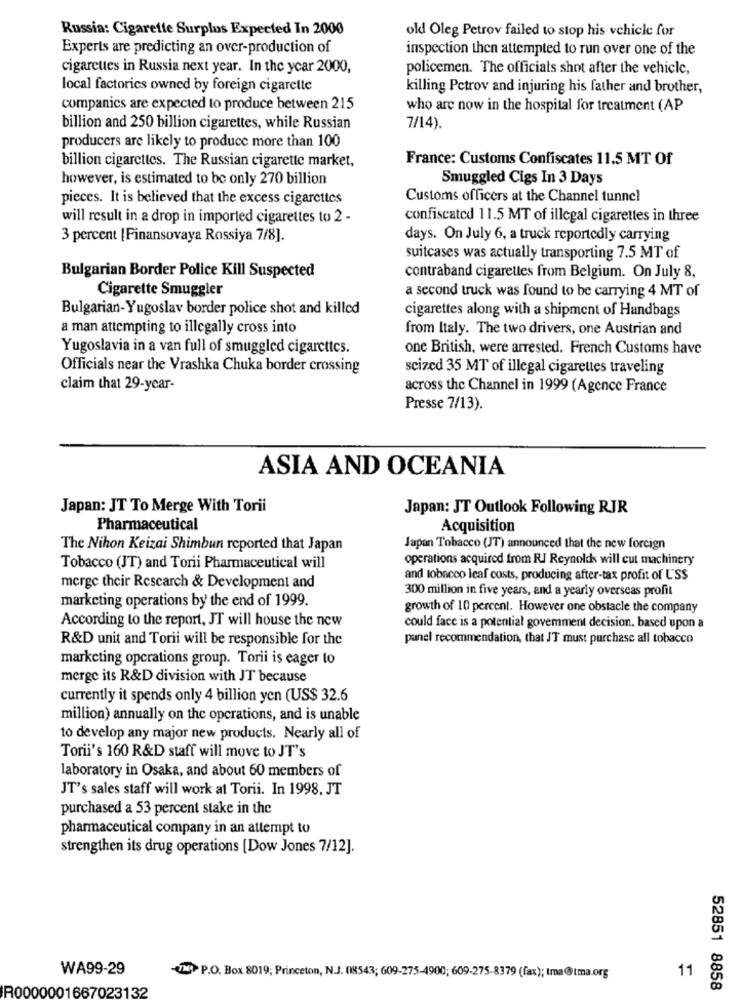
Russia: Cigarette Surplus Expected In 2000
old Oleg Petrov failed to stop his vehicle for
Experts are predicting an over-production of
inspection then attempted to run over one of the
cigarettes in Russia next year. In the year 2000,
policemen. The officials shot after the vehicle,
local factorics owned by foreign cigarette
killing Petrov and injuring his father and brother,
companies are expected to produce between 215
who are now in the hospital for treatment (AP
billion and 250 billion cigarettes, while Russian
7/14).
producers are likely to produce more than 100
billion cigarettes. The Russian cigarette market,
France: Customs Confiscates 11.5 MT Of
however, is estimated to be only 270 billion
Smuggled Cigs In 3 Days
pieces. It is believed that the excess cigarettes
Customs officers at the Channel tunnel
will result in a drop in imported cigarettes to 2 -
confiscated 11.5 MT of illegal cigarettes in three
3 percent [Finansovaya Rossiya 7/8].
days. On July 6, a truck reportedly carrying
suitcases was actually transporting 7.5 MT of
Bulgarian Border Police Kill Suspected
contraband cigarettes from Belgium. On July 8,
Cigarette Smuggler
a second truck was found to be carrying 4 MT of
Bulgarian- Yugoslav border police shot and killed
cigarettes along with a shipment of Handbags
a man attempting to illegally cross into
from Italy. The two drivers, one Austrian and
Yugoslavia in a van full of smuggled cigarettes.
one British, were arrested. French Customs have
Officials near the Vrashka Chuka border crossing
scized 35 MT of illegal cigarettes traveling
claim that 29-year-
across the Channel in 1999 (Agence France
Presse 7/13).
ASIA AND OCEANIA
Japan: JT To Merge With Torii
Japan: JT Outlook Following RJR
Pharmaceutical
Acquisition
The Nihon Keizai Shimbun reported that Japan
Japan Tobacco (JT) announced that the new foreign
operations acquired from RJ Reynolds will cut machinery
Tobacco (JT) and Torii Pharmaceutical will
and tobacco leaf costs, producing after-tax profit of US$
merge their Research & Development and
300 million in five years, and a yearly overseas profit
marketing operations by the end of 1999.
growth of 10 percent. However one obstacle the company
According to the report, JT will house the new
could face is a potential govemment decision. based upon a
R&D unit and Torii will be responsible for the
panel recommendation, that JT must purchase all tobacco
marketing operations group. Torii is eager to
merge its R&D division with JT because
currently it spends only 4 billion yen (US$ 32.6
million) annually on the operations, and is unable
to develop any major new products. Nearly all of
Torii's 160 R&D staff will move to JT's
laboratory in Osaka, and about 60 members of
JT's sales staff will work at Torii. In 1998, JT
purchased a 53 percent stake in the
pharmaceutical company in an attempt to
strengthen its drug operations [Dow Jones 7/12].
WA99-29
11
-> P.O. Box 8019; Princeton, N.J. (08543; 609-275-4900; 609-275-8379 (fax); Ima@tma.org
52851 8858
R0000001667023132